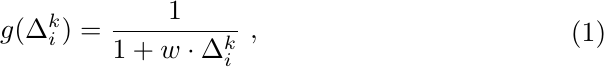
\begin{equation}
\begin{array}{l}
\begin{aligned}
    \label{equation-time-decayer}
     g(\Delta_i^k)=\frac{1}{1+ w \cdot \Delta_i^k}\ ,\\
\end{aligned}
\end{array}
\end{equation}